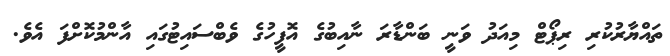
ތައްޔާރުކުރި ރިޕޯޓް މިއަދު ވަނީ ބަންޑާރަ ނާއިބުގެ އޮފީހުގެ ވެބްސައިޓުގައި އާންމުކޮށްފަ އެވެ.